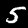
Label: 5